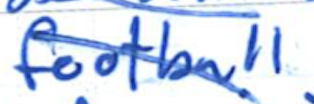
Text: football
Cross-out: diagonal
Writing tool: ballpoint